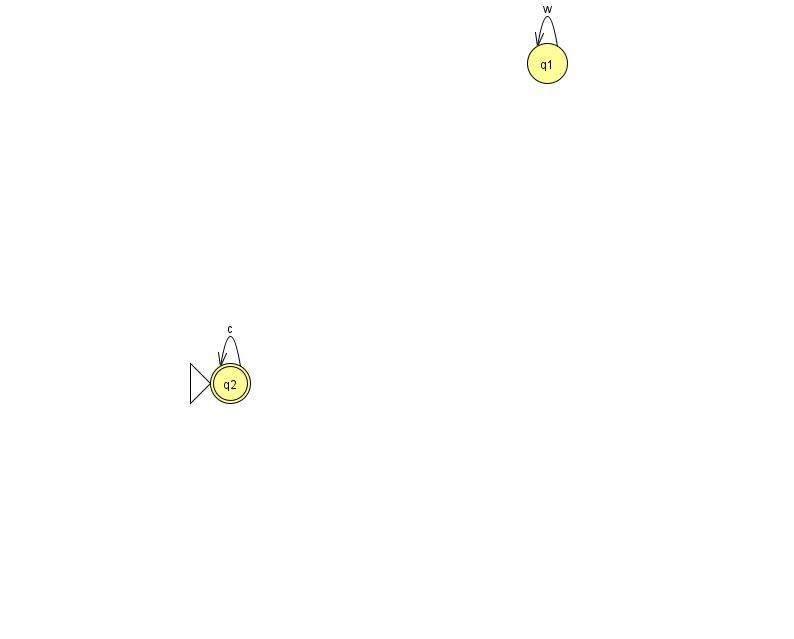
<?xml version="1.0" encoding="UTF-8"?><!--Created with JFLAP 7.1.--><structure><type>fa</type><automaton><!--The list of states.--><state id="1" name="q1"><x>547.0</x><y>50.0</y></state><state id="2" name="q2"><x>230.0</x><y>370.0</y><initial/><final/></state><!--The list of transitions.--><transition><from>2</from><to>2</to><read>c</read></transition><transition><from>1</from><to>1</to><read>w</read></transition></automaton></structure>